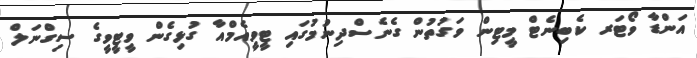
އަންޑާ ވޯޓަރ ކެބިނެޓް މީޓިން ވަގުތުން ގެނެސްދިނުމުގައި ޓީވީއެމްއާ ގުޅިގެން ވީޓީވީގެ ސިގްނަލް